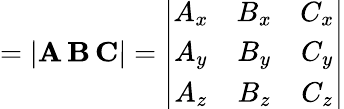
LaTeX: =|\mathbf{A}\, \mathbf{B}\, \mathbf{C}|=\left|{\begin{array}{ccc}{A_{x}}&{B_{x}}&{C_{x}}\\ {A_{y}}&{B_{y}}&{C_{y}}\\ {A_{z}}&{B_{z}}&{C_{z}}\end{array}}\right|